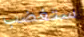
ستغضب